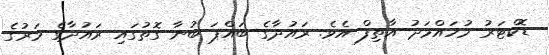
ޑޮކްޓަރު މުހައްމަދު އާތިފް އެވެ. ރައުދާގެ ބައްޕަ ބުނާ ގޮތުގައި ރައުދާގެ މަރުގެ